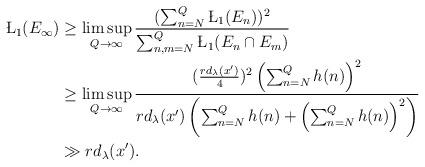
LaTeX: \begin{align*}\L_{1}(E_\infty)&\geq \limsup_{Q\to \infty}\frac{(\sum_{n=N}^{Q}\L_{1}(E_n))^2}{\sum_{n,m=N}^{Q}\L_{1}(E_n\cap E_m)}\\&\geq \limsup_{Q\to \infty}\frac{(\frac{rd_{\lambda}(x')}{4})^2\left(\sum_{n=N}^{Q}h(n)\right)^2}{rd_{\lambda}(x')\left(\sum_{n=N}^{Q}h(n)+\left(\sum_{n=N}^{Q}h(n)\right)^2\right)}\\&\gg rd_{\lambda}(x').\end{align*}